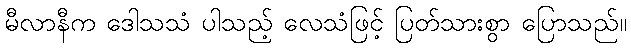
မီလာနီက ဒေါသသံ ပါသည့် လေသံဖြင့် ပြတ်သားစွာ ပြောသည်။